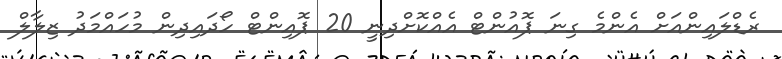
ރެޑްލައިންއަށް އެންމެ ގިނަ ޕޮއުންޓް އެއްކޮށްދިނީ 20 ޕޮއިންޓް ހޯދައިދިން މުހައްމަދު ޒިލާލް